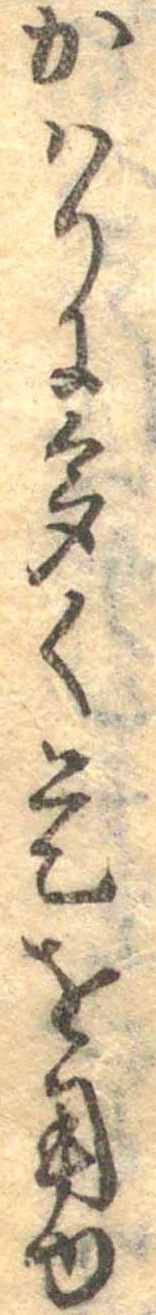
かはりに多く是を用ゆ